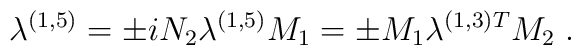
\lambda^{(1,5)} = \pm i N_2 \lambda^{(1,5)} M_1 = \pm  M_1\lambda^{(1,3)T} M_2 \; .